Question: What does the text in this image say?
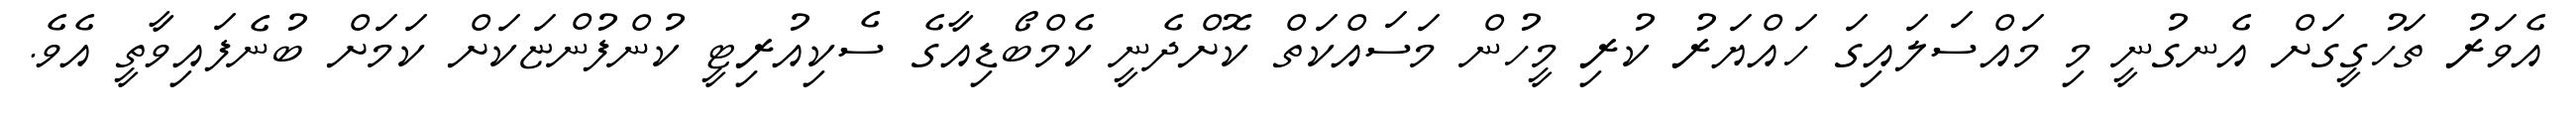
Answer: އެވަރު ތަހުގީގަށް އެނގުނީ މި މައްސަލައިގަ ހައްޔަރު ކުރި މީހުން މަސައްކަތް ކޮށްދެނީ ކެމްބޯޑިއާގެ ސެކިއުރިޓީ ކުންފުންޏަކަށް ކަމަށް ބުނެފައިވާތީ އެވެ.